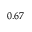
_ { 0 . 6 7 }